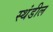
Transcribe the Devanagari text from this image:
स्थंडील